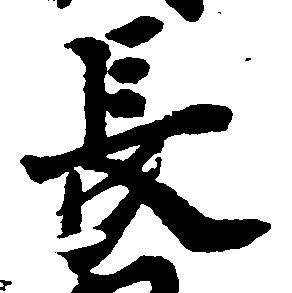
長